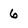
Character: 6